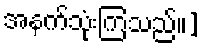
အနက်သုံးကြသည်။]